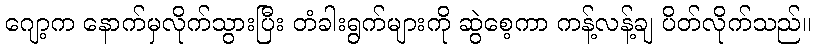
ဂျော့က နောက်မှလိုက်သွားပြီး တံခါးရွက်များကို ဆွဲစေ့ကာ ကန့်လန့်ချ ပိတ်လိုက်သည်။